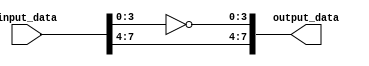
module part_select_assign(
    input [7:0] input_data,
    output reg [7:0] output_data
);

always @* begin
    // Select bits [7:4] of input data and assign them to output data
    output_data[7:4] = input_data[7:4];

    // Select bits [3:0] of input data, invert them, and assign them to output data
    output_data[3:0] = ~input_data[3:0];
end

endmodule